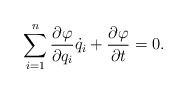
LaTeX: \begin{align*}\sum_{i=1}^{n}\frac{\partial \varphi }{\partial q_i}\dot q_i +\frac{\partial\varphi}{\partial t }=0{.}\end{align*}